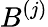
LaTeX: B^{(j)}